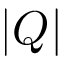
| Q |